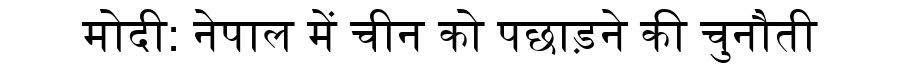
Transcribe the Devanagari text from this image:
मोदी: नेपाल में चीन को पछाड़ने की चुनौती